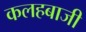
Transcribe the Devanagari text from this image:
कलहबाजी